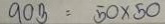
903 = 50 x 50